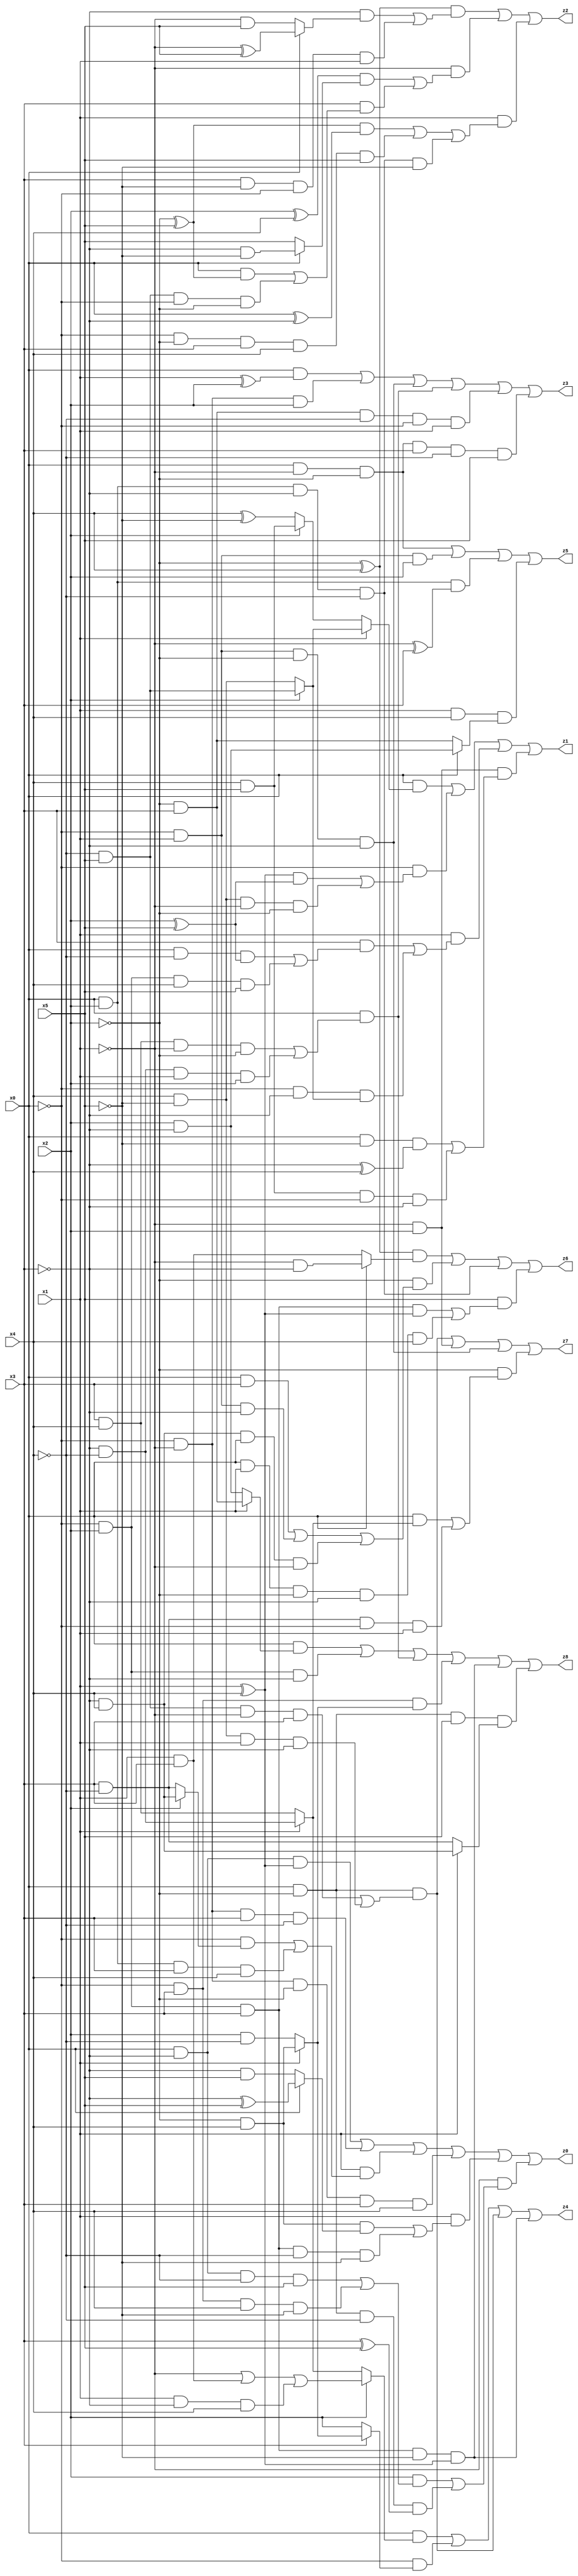
// Benchmark "X_6_64" written by ABC on Tue Jun 27 02:32:23 2023

module X_6_64 ( 
    x0, x1, x2, x3, x4, x5,
    z0, z1, z2, z3, z4, z5, z6, z7, z8  );
  input  x0, x1, x2, x3, x4, x5;
  output z0, z1, z2, z3, z4, z5, z6, z7, z8;
  assign z0 = (x0 & ~x3 & (x1 ^ x4)) | (~x0 & ~x1 & x3 & ~x4) | (x1 & ((~x0 & (x2 ? (~x3 & x4) : (x3 & ~x4))) | (x0 & x2 & x3 & x4))) | (~x0 & ~x1 & ~x2 & x3 & x4) | (x1 & ((~x2 & x4 & (x0 ? (~x3 ^ x5) : (~x3 & x5))) | (~x0 & x2 & x3 & ~x4 & ~x5))) | (~x1 & ((x2 & ((x0 & ~x3 & ~x4 & x5) | (~x0 & x3 & x4 & ~x5))) | (x0 & ~x2 & ~x4 & (x3 ^ x5))));
  assign z1 = (x0 & (x1 ? (x2 ? (~x4 & x5) : (x4 & ~x5)) : (x2 ? (x4 & x5) : (x4 ^ ~x5)))) | (~x0 & (((x1 ^ x4) & (x2 ^ x5)) | (x4 & ~x5 & ~x1 & ~x2))) | (x1 & ((x3 & ((x0 & ~x4 & (x2 ^ x5)) | (~x0 & x2 & x4 & x5))) | (~x0 & ~x3 & (x2 ? (~x4 & x5) : (x4 & ~x5))))) | (~x1 & x2 & ((x0 & ~x5 & (~x3 ^ x4)) | (x4 & x5 & ~x0 & ~x3)));
  assign z2 = ((~x2 ^ x4) & ((~x3 & (x0 ? (~x1 ^ x5) : (~x1 & x5))) | (x3 & ~x5 & ~x0 & x1))) | (~x1 & (((x2 ^ x4) & (x0 ? (~x3 & ~x5) : x5)) | (x3 & ((x0 & (~x2 ^ x5)) | (~x4 & x5 & ~x0 & ~x2))))) | (x1 & (((~x2 ^ x5) & (x0 ^ ~x3)) | (~x0 & ~x2 & x3 & x4 & x5) | (x0 & x2 & ~x3 & ~x4 & ~x5)));
  assign z3 = (x0 & (x1 ^ x2)) | (~x0 & ~x1 & x2) | (~x0 & x1 & ~x2 & ~x3) | (x0 & ((x3 & x4 & ~x1 & ~x2) | (~x3 & ~x4 & x1 & x2))) | (~x2 & x3 & ~x4 & ~x0 & x1) | (x0 & ~x1 & ~x2 & x3 & ~x4 & x5);
  assign z4 = (x0 & (x2 ? (~x1 | (x1 & x3) | (x1 & ~x3 & x4)) : (x1 ? (~x3 & ~x4) : (x3 & x4)))) | (~x0 & (x3 ? (x1 ? (~x2 & x4) : (x2 & ~x4)) : x2)) | (x0 & ~x2 & ((~x4 & x5 & ~x1 & x3) | (x4 & ~x5 & x1 & ~x3))) | (~x0 & x2 & x3 & ~x5 & (x1 ^ x4));
  assign z5 = (x0 & ~x1 & ~x2) | (~x0 & x1 & x2) | (x0 & x2 & (~x1 ^ x3)) | (x1 & x4 & (x0 ? (x2 & ~x3) : (~x2 & x3)));
  assign z6 = ((~x2 ^ x4) & (x0 ? (~x1 & ~x3) : (x1 & x3))) | (~x2 & ((x0 & x3) | (~x0 & x1 & ~x3) | (~x3 & x4 & x0 & ~x1))) | (x0 & x2 & ~x3 & ~x4) | (x5 & ((~x0 & x2 & x3 & (x1 ^ x4)) | (x0 & x1 & ~x2 & ~x3 & x4)));
  assign z7 = (x0 & ~x2 & ((~x4 & x5 & ~x1 & x3) | (x4 & ~x5 & x1 & ~x3))) | (~x1 & x2) | (~x0 & x1 & ~x2 & ~x3) | (~x2 & ((x0 & (x1 ? (~x3 & ~x4) : (x3 & x4))) | (x3 & ~x4 & ~x0 & x1)));
  assign z8 = (x0 & (x1 ? (~x2 & x3) : (x2 & ~x3))) | (~x0 & x2 & ~x3) | (x0 & ((x3 & x4 & ~x1 & ~x2) | (~x3 & ~x4 & x1 & x2))) | (~x0 & x3 & (x1 ? (~x2 & x4) : (x2 & ~x4))) | (~x0 & x2 & x3 & ~x5 & (x1 ^ x4)) | (x0 & ~x2 & x5 & (x1 ? (~x3 & x4) : (x3 & ~x4)));
endmodule